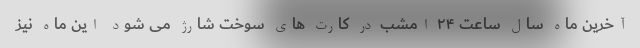
آخرین ماه سال ساعت ۲۴ امشب در کارت های سوخت شارژ می شود این ماه نیز